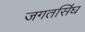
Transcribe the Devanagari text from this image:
जगतसिंघ